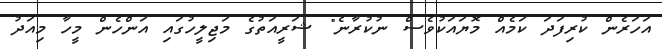
އަހަރެން ކުރިފަދަ ކަމެއް މޮޔައަކުވެސް ނުކުރާނެ" ޝަރީއަތުގެ މަޖިލީހުގައި އަންހެން މީހާ މިއަދު